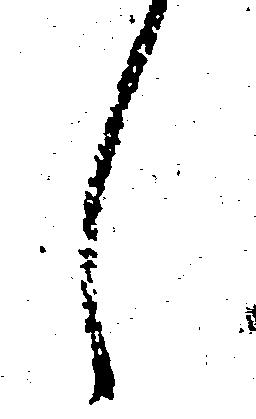
し